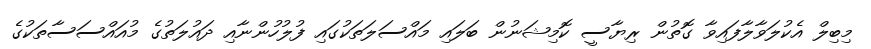
މިބިލް އެކުލަވާލާފައިވާ ގޮތުން ރިޔާސީ ކޮމިޝަނުން ބަލައި މައްސަލަތަކުގައި ފުލުހުންނާއި ދައުލަތުގެ މުއައްސަސާތަކުގެ